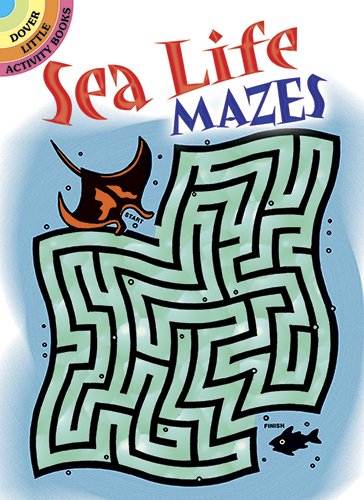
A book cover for Sea Life Mazes (Dover Little Activity Books); Dave Phillips; Children's Books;